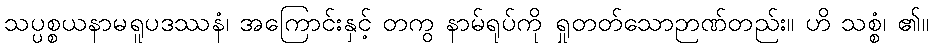
သပ္ပစ္စယနာမရူပဒဿနံ၊ အကြောင်းနှင့် တကွ နာမ်ရုပ်ကို ရှုတတ်သောဉာဏ်တည်း။ ဟိ သစ္စံ၊ ၏။